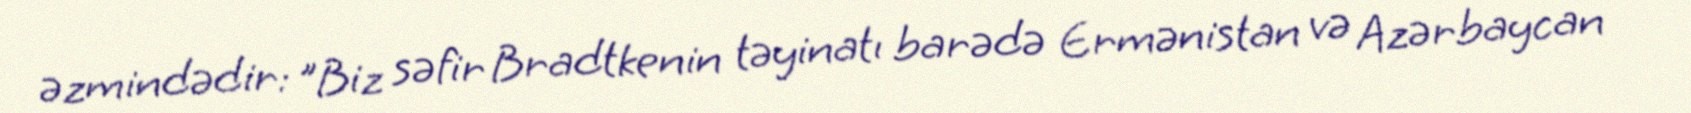
əzmindədir: "Biz səfir Bradtkenin təyinatı barədə Ermənistan və Azərbaycan